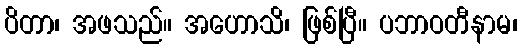
ပိတာ၊ အဖသည်။ အဟောသိ၊ ဖြစ်ပြီ။ ပဘာဝတီနာမ၊